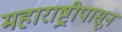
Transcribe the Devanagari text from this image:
महाराष्ट्रीपासून